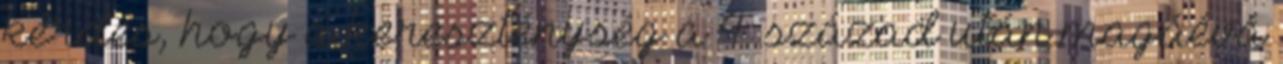
kérdés, hogy a kereszténység a 4. század után magáévá